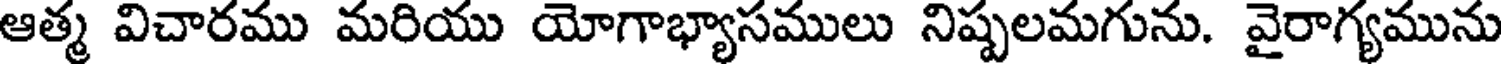
ఆత్మ విచారము మరియు యోగాభ్యాసములు నిష్పలమగును. వైరాగ్యమును